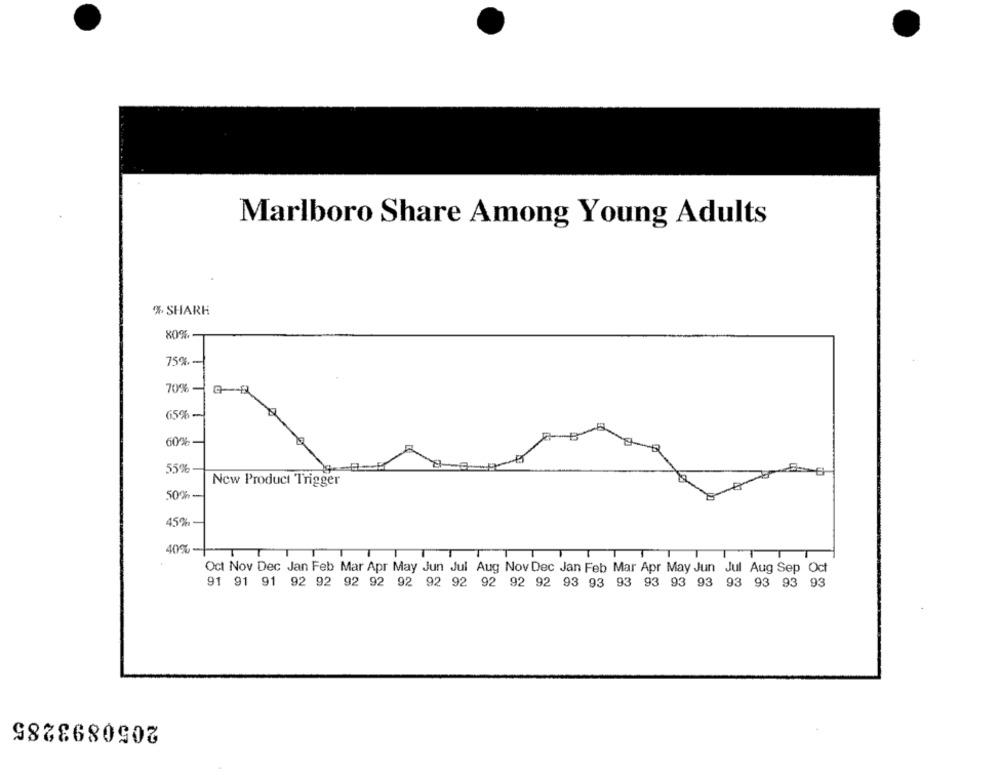
Marlboro Share Among Young Adults
% SHARK
80%
759
709
65%-
60%
55%
New Product Trigger
50%-
45%-
40% -
Oct Nov Dec Jan Feb Mar Apr May Jun Jul Aug Nov Dec Jan Feb Mar Apr May Jun Jul Aug Sep Oct
91 91 91 92 92 92 92 92 92 92 92 92 92 93 93 93 93 93 93 93 93 93 93
2050893285